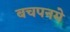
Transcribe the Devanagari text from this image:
बचपनमे